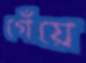
গেঁয়ে